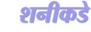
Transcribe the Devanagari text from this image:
शनीकडे